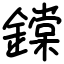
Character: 鏿